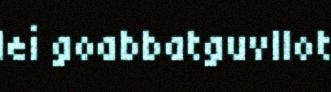
lei goabbatguvllot